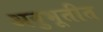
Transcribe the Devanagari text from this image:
अनुभूतीत